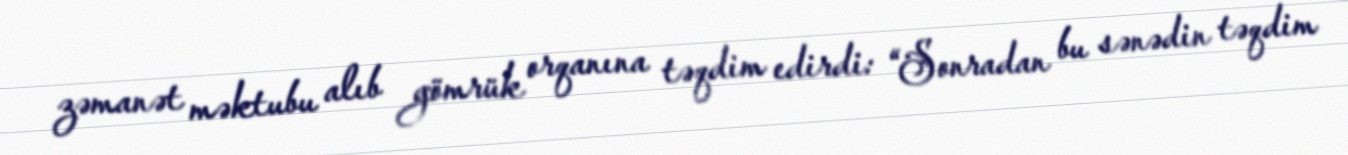
zəmanət məktubu alıb gömrük orqanına təqdim edirdi: “Sonradan bu sənədin təqdim